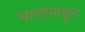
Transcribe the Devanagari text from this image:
मालापासून